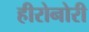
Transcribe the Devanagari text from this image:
हीरोनोरी